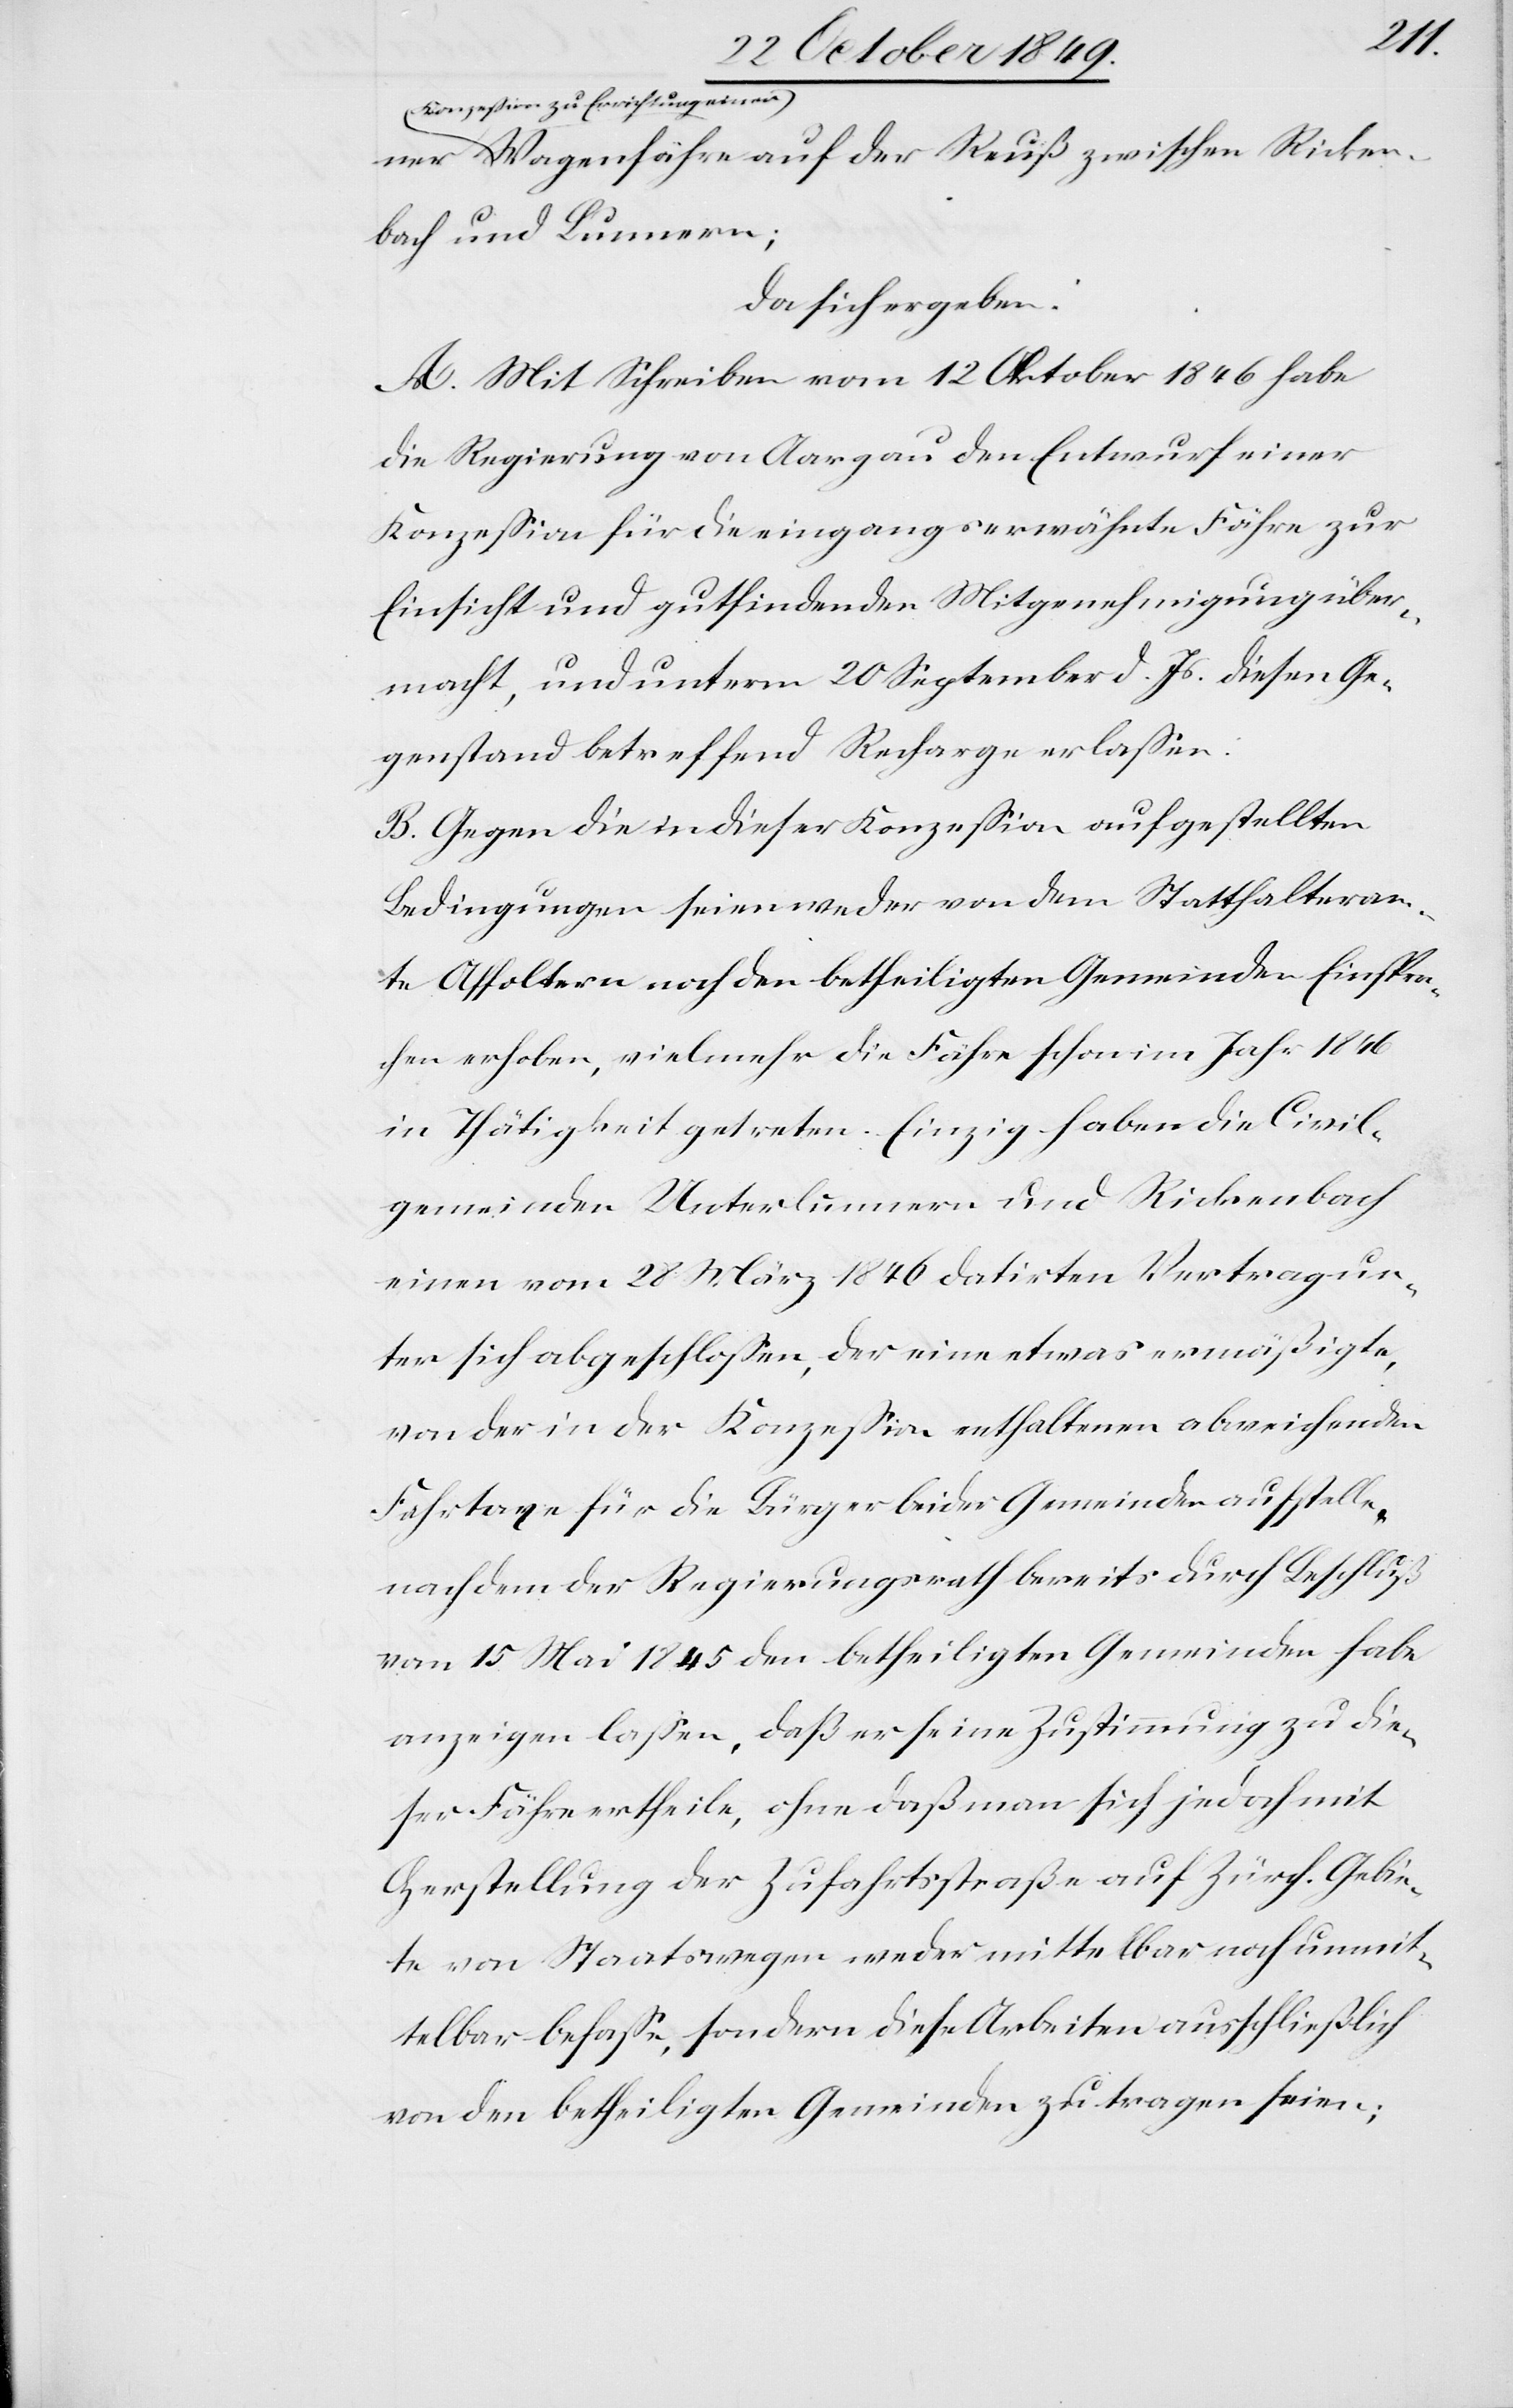
ner
Konzeßion zu Errichtung ein¬
er Wagenfähre auf der Reuß zwischen Ricken¬
bach und Lunnnern;
da sich ergeben:
A. Mit Schreiben vom 12 Oktober 1846 habe
die Regierung von Aargau den Entwurf einer
Konzeßion für die eingangserwähnte Fähre zur
Einsicht und gutfindenden Mitgenehmigung über¬
macht, und unterm 20 September d. Js. diesen Ge¬
genstand betreffend Recharge erlaßen:
B. Gegen die in dieser Konzeßion aufgestellten
Bedingungen seien weder von dem Statthalteram¬
te Affoltern noch den betheiligten Gemeinden Einsprac¬
hen erhoben, vielmehr die Fähre schon im Jahr 1846
in Thätigkeit getreten. Einzig haben die Civil¬
gemeinden Unterlummern und Rickenbach
einen vom 28 März 1846 datirten Vertrag un¬
ter sich abgeschloßen, der eine etwas ermäßigte,
von der in der Konzeßion enthaltenen abweichenden
Fahrtaxe für die Bürger beider Gemeinden aufstelle,
nachdem der Regierungsrath bereits durch Beschluß
vom 15 März 1845 den betheiligten Gemeinden habe
anzeigen laßen, daß er seine Zustimmung zu die¬
ser Fähre ertheile, ohne daß man sich jedoch mit
Herstellung der Zufahrtsstraße auf Zürch. Gebie¬
te von Staatswegen weder mittelbar noch unmit¬
telbar befaße, sondern diese Arbeiten ausschließlich
von den betheiligten Gemeinden zu tragen seien;